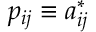
p _ { i j } \equiv a _ { i j } ^ { * }